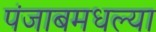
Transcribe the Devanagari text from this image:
पंजाबमधल्या